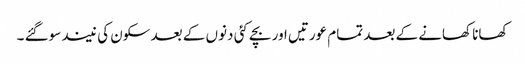
کھانا کھانے کے بعد تمام عورتیں اور بچے کئی دنوں کے بعد سکون کی نیند سوگئے ۔